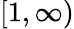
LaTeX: [1,\infty)